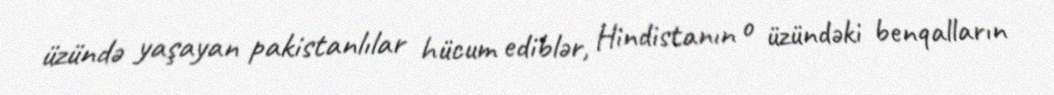
üzündə yaşayan pakistanlılar hücum ediblər, Hindistanın o üzündəki benqalların